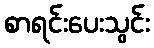
စာရင်းပေးသွင်း